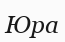
Юра